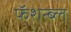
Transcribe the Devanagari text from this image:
फॅशन्ब्ल